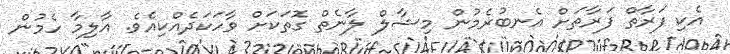
އެކި ފަރާތް ފަރާތަށް އެނބުރެމުން މިޝާލް ލާނެތް ގޮތަކަށް ވާހަކަދެއްކިއެވެ. އާލިމާ ހެމުން